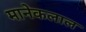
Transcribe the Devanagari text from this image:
मानेकलाल